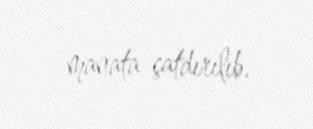
manata çatdırılıb.